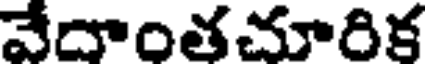
వేదాంతచూరిక